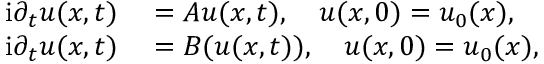
\begin{array} { r l } { \mathrm { i } \partial _ { t } u ( x , t ) } & { { } = A u ( x , t ) , \quad u ( x , 0 ) = u _ { 0 } ( x ) , } \\ { \mathrm { i } \partial _ { t } u ( x , t ) } & { { } = B ( u ( x , t ) ) , \quad u ( x , 0 ) = u _ { 0 } ( x ) , } \end{array}